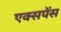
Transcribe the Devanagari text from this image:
एक्सपेंस